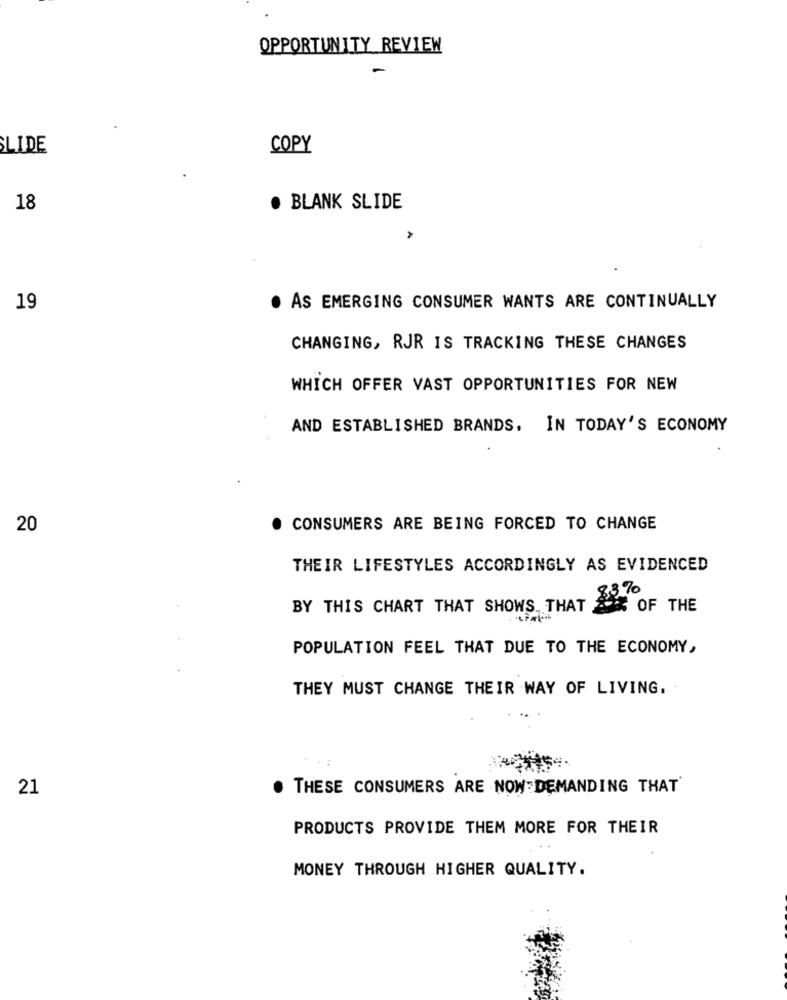
OPPORTUNITY REVIEW
SLIDE
COPY
18
. BLANK SLIDE
A
19
. AS EMERGING CONSUMER WANTS ARE CONTINUALLY
CHANGING, RJR IS TRACKING THESE CHANGES
WHICH OFFER VAST OPPORTUNITIES FOR NEW
AND ESTABLISHED BRANDS. IN TODAY'S ECONOMY
20
CONSUMERS ARE BEING FORCED TO CHANGE
THEIR LIFESTYLES ACCORDINGLY AS EVIDENCED
3%
BY THIS CHART THAT SHOWS THAT % OF THE
POPULATION FEEL THAT DUE TO THE ECONOMY,
THEY MUST CHANGE THEIR WAY OF LIVING.
21
THESE CONSUMERS ARE NOW:DEMANDING THAT
PRODUCTS PROVIDE THEM MORE FOR THEIR
MONEY THROUGH HIGHER QUALITY.